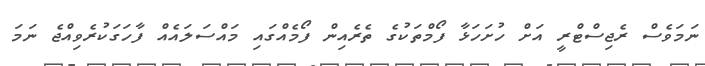
ނަމަވެސް ރެޖިސްޓްރީ އަށް ހުށަހަޅާ ފޯމްތަކުގެ ތެރެއިން ފޯމެއްގައި މައްސަލައެއް ފާހަގަކުރެވިއްޖެ ނަމަ